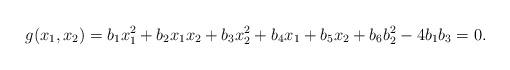
LaTeX: \begin{align*}g(x_{1},x_{2})=b_{1}x_{1}^{2}+b_{2}x_{1}x_{2}+b_{3}x_{2}^{2}+b_{4}x_{1}+b_{5}x_{2}+b_{6} b_{2}^{2}-4b_{1}b_{3}=0.\end{align*}